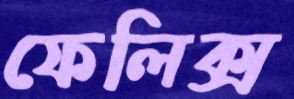
ফেলিক্স